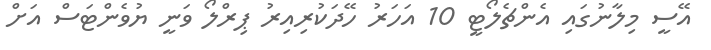
އޭސީ މިލާނުގައި އެންޗެލޯޓީ 10 އަހަރު ހޭދަކުރިއިރު ޕިރްލޯ ވަނީ ޔުވެންޓަސް އަށް